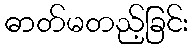
ဓာတ်မတည့်ခြင်း